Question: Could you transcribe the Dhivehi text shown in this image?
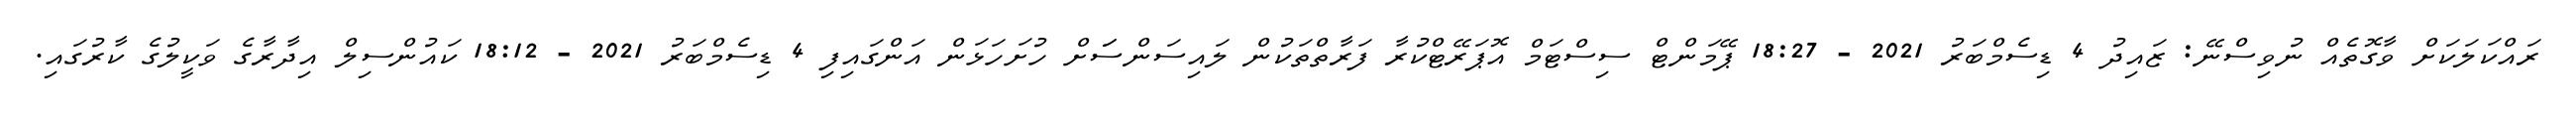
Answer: ރައްކަލަކަށް ވާގޮތެއް ނުވިސްނޭ: ޒައިދު 4 ޑިސެމްބަރު 2021 - 18:27 ޕޭމަންޓް ސިސްޓަމް އޮޕަރޭޓްކުރާ ފަރާތްތަކުން ލައިސަންސަަށް ހުށަހަޅަން އަންގައިފި 4 ޑިސެމްބަރު 2021 - 18:12 ކައުންސިލް އިދާރާގެ ވަކީލުގެ ކާރުގައި.